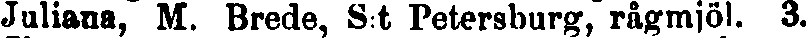
Juliana, M. Brede, St Petersburg, rågmjöl. 3.